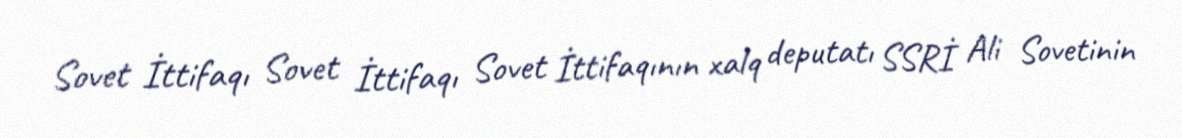
Sovet İttifaqı Sovet İttifaqı Sovet İttifaqının xalq deputatı SSRİ Ali Sovetinin